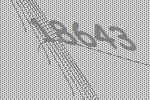
18643